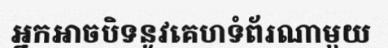
អ្នកអាចបិទនូវគេហទំព័រណាមួយ